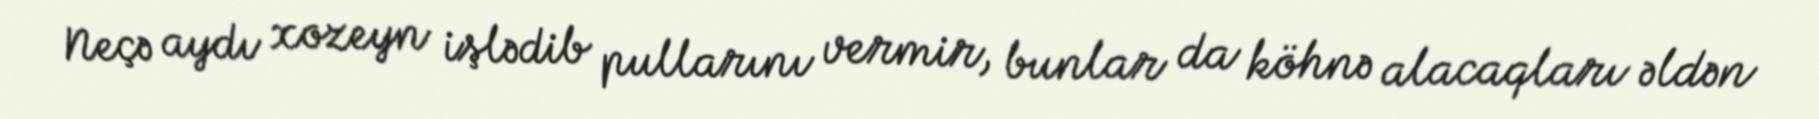
Neçə aydı xozeyn işlədib pullarını vermir, bunlar da köhnə alacaqları əldən